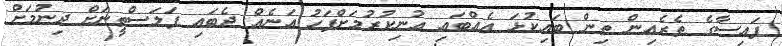
ފައިސާގެ ތެރެއިން ތިން ބައިކުޅަ އެއްބައި އުނިކުރުމަށްފަހު އަނެއް ދެބައި ފަލަސްތީނަށް ދިނުމަށް